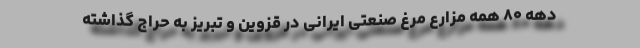
دهه ۸۰ همه مزارع مرغ صنعتی ایرانی در قزوین و تبریز به حراج گذاشته